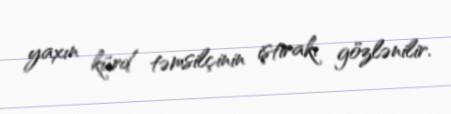
yaxın kürd təmsilçinin iştirakı gözlənilir.